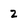
Character: 2